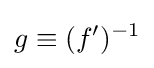
g\equiv (f')^{-1}